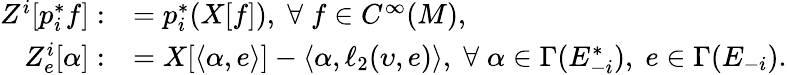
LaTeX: \begin{array}{rl}{Z^{i}[p_{i}^{*}f]:}&{=p_{i}^{*}(X[f]),\; \forall\; f\in C^{\infty}(M),}\\ {Z_{e}^{i}[\alpha]:}&{=X[\langle\alpha,e\rangle]-\langle\alpha,\ell_{2}(\upsilon,e)\rangle,\; \forall\; \alpha\in\Gamma(E_{-i}^{*}),\; e\in\Gamma(E_{-i}).}\end{array}